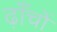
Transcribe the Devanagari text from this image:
ढ़ाँचों